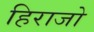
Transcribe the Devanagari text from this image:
हिराजो